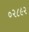
૦૨૮૯૨